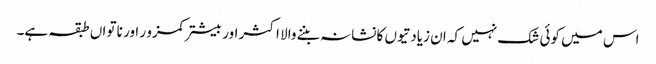
اس میں کوئی شک نہیں کہ ان زیادتیوں کا نشانہ بننے والا اکثر اور بیشتر کمزو ر اور نا تواں طبقہ ہے۔